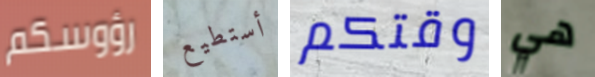
رؤوسكم أستطيع وقتكم هي